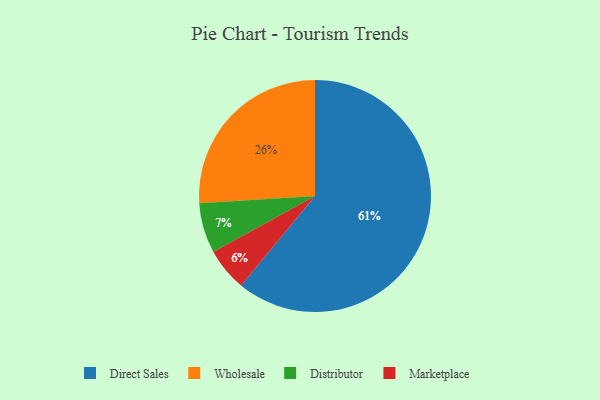
{"axis": {"x": "Category", "y": "Percentage"}, "legend": ["Direct Sales", "Distributor", "Marketplace", "Wholesale"], "data": [{"x": "Distributor", "y": 7, "type": "Distributor"}, {"x": "Marketplace", "y": 6, "type": "Marketplace"}, {"x": "Wholesale", "y": 26, "type": "Wholesale"}, {"x": "Direct Sales", "y": 61, "type": "Direct Sales"}]}